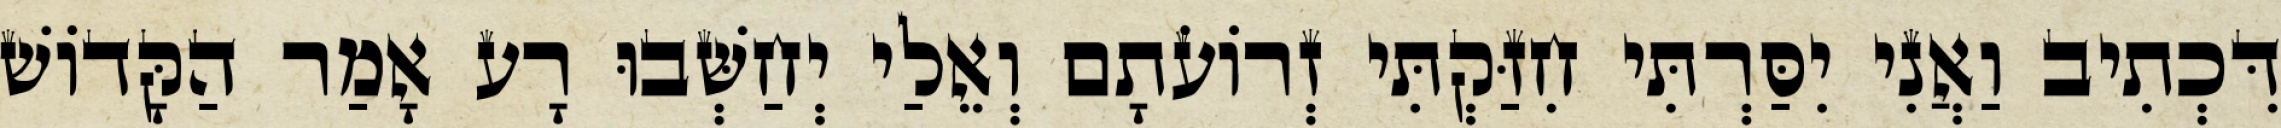
דִּכְתִיב וַאֲנִי יִסַּרְתִּי חִזַּקְתִּי זְרוֹעֹתָם וְאֵלַי יְחַשְּׁבוּ רָע אָמַר הַקָּדוֹשׁ